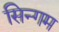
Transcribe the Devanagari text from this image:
सिन्गम